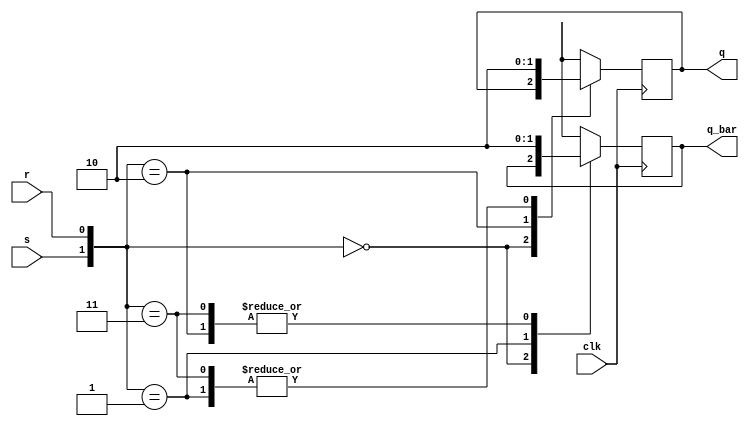
//This is for the SR flip flop module.

module sr_flip_flop_behavioral_module (s, r, clk, q, q_bar);
	input s, r;
	input clk; //clock
	
	output q, q_bar;
	reg q, q_bar;

	always @ (posedge clk)
	begin
		case({s, r})
			2'b00: begin q <= q; q_bar <= q_bar; end
			2'b01: begin q <= 1'b0; q_bar <= 1'b1; end
			2'b10: begin q <= 1'b1; q_bar <= 1'b0; end
			2'b11: begin q <= 1'b0; q_bar <= 1'b0; end //Just a personal determination
			default: begin q <= 1'b0; q_bar <= 1'b1; end //It is an addition (which is not in the course slides). This line will make you easier to complete your homework.
		endcase
	end
endmodule